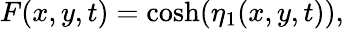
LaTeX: F(x,y,t)=\cosh(\eta_{1}(x,y,t)),